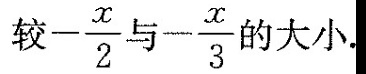
较 - \frac{x}{2}与- \frac{x}{3}的大小.